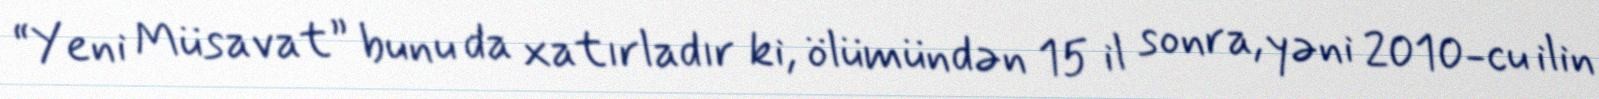
“Yeni Müsavat” bunu da xatırladır ki, ölümündən 15 il sonra, yəni 2010-cu ilin